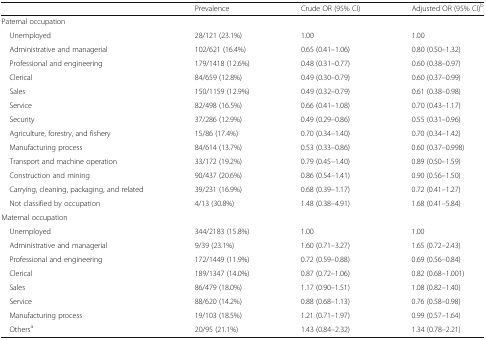
<table><thead><tr><td></td><td><b>Prevalence</b></td><td><b>Crude OR (95% CI)</b></td><td><b>Adjusted OR (95% CI)<sup>b</sup></b></td></tr></thead><tbody><tr><td colspan="4">Paternal occupation</td></tr><tr><td> Unemployed</td><td>28/121 (23.1%)</td><td>1.00</td><td>1.00</td></tr><tr><td> Administrative and managerial</td><td>102/621 (16.4%)</td><td>0.65 (0.41–1.06)</td><td>0.80 (0.50–1.32)</td></tr><tr><td> Professional and engineering</td><td>179/1418 (12.6%)</td><td>0.48 (0.31–0.77)</td><td>0.60 (0.38–0.97)</td></tr><tr><td> Clerical</td><td>84/659 (12.8%)</td><td>0.49 (0.30–0.79)</td><td>0.60 (0.37–0.99)</td></tr><tr><td> Sales</td><td>150/1159 (12.9%)</td><td>0.49 (0.32–0.79)</td><td>0.61 (0.38–0.98)</td></tr><tr><td> Service</td><td>82/498 (16.5%)</td><td>0.66 (0.41–1.08)</td><td>0.70 (0.43–1.17)</td></tr><tr><td> Security</td><td>37/286 (12.9%)</td><td>0.49 (0.29–0.86)</td><td>0.55 (0.31–0.96)</td></tr><tr><td> Agriculture, forestry, and fishery</td><td>15/86 (17.4%)</td><td>0.70 (0.34–1.40)</td><td>0.70 (0.34–1.42)</td></tr><tr><td> Manufacturing process</td><td>84/614 (13.7%)</td><td>0.53 (0.33–0.86)</td><td>0.60 (0.37–0.998)</td></tr><tr><td> Transport and machine operation</td><td>33/172 (19.2%)</td><td>0.79 (0.45–1.40)</td><td>0.89 (0.50–1.59)</td></tr><tr><td> Construction and mining</td><td>90/437 (20.6%)</td><td>0.86 (0.54–1.41)</td><td>0.90 (0.56–1.50)</td></tr><tr><td> Carrying, cleaning, packaging, and related</td><td>39/231 (16.9%)</td><td>0.68 (0.39–1.17)</td><td>0.72 (0.41–1.27)</td></tr><tr><td> Not classified by occupation</td><td>4/13 (30.8%)</td><td>1.48 (0.38–4.91)</td><td>1.68 (0.41–5.84)</td></tr><tr><td colspan="4">Maternal occupation</td></tr><tr><td> Unemployed</td><td>344/2183 (15.8%)</td><td>1.00</td><td>1.00</td></tr><tr><td> Administrative and managerial</td><td>9/39 (23.1%)</td><td>1.60 (0.71–3.27)</td><td>1.65 (0.72–2.43)</td></tr><tr><td> Professional and engineering</td><td>172/1449 (11.9%)</td><td>0.72 (0.59–0.88)</td><td>0.69 (0.56–0.84)</td></tr><tr><td> Clerical</td><td>189/1347 (14.0%)</td><td>0.87 (0.72–1.06)</td><td>0.82 (0.68–1.001)</td></tr><tr><td> Sales</td><td>86/479 (18.0%)</td><td>1.17 (0.90–1.51)</td><td>1.08 (0.82–1.40)</td></tr><tr><td> Service</td><td>88/620 (14.2%)</td><td>0.88 (0.68–1.13)</td><td>0.76 (0.58–0.98)</td></tr><tr><td> Manufacturing process</td><td>19/103 (18.5%)</td><td>1.21 (0.71–1.97)</td><td>0.99 (0.57–1.64)</td></tr><tr><td> Others<sup>a</sup></td><td>20/95 (21.1%)</td><td>1.43 (0.84–2.32)</td><td>1.34 (0.78–2.21)</td></tr></tbody></table>